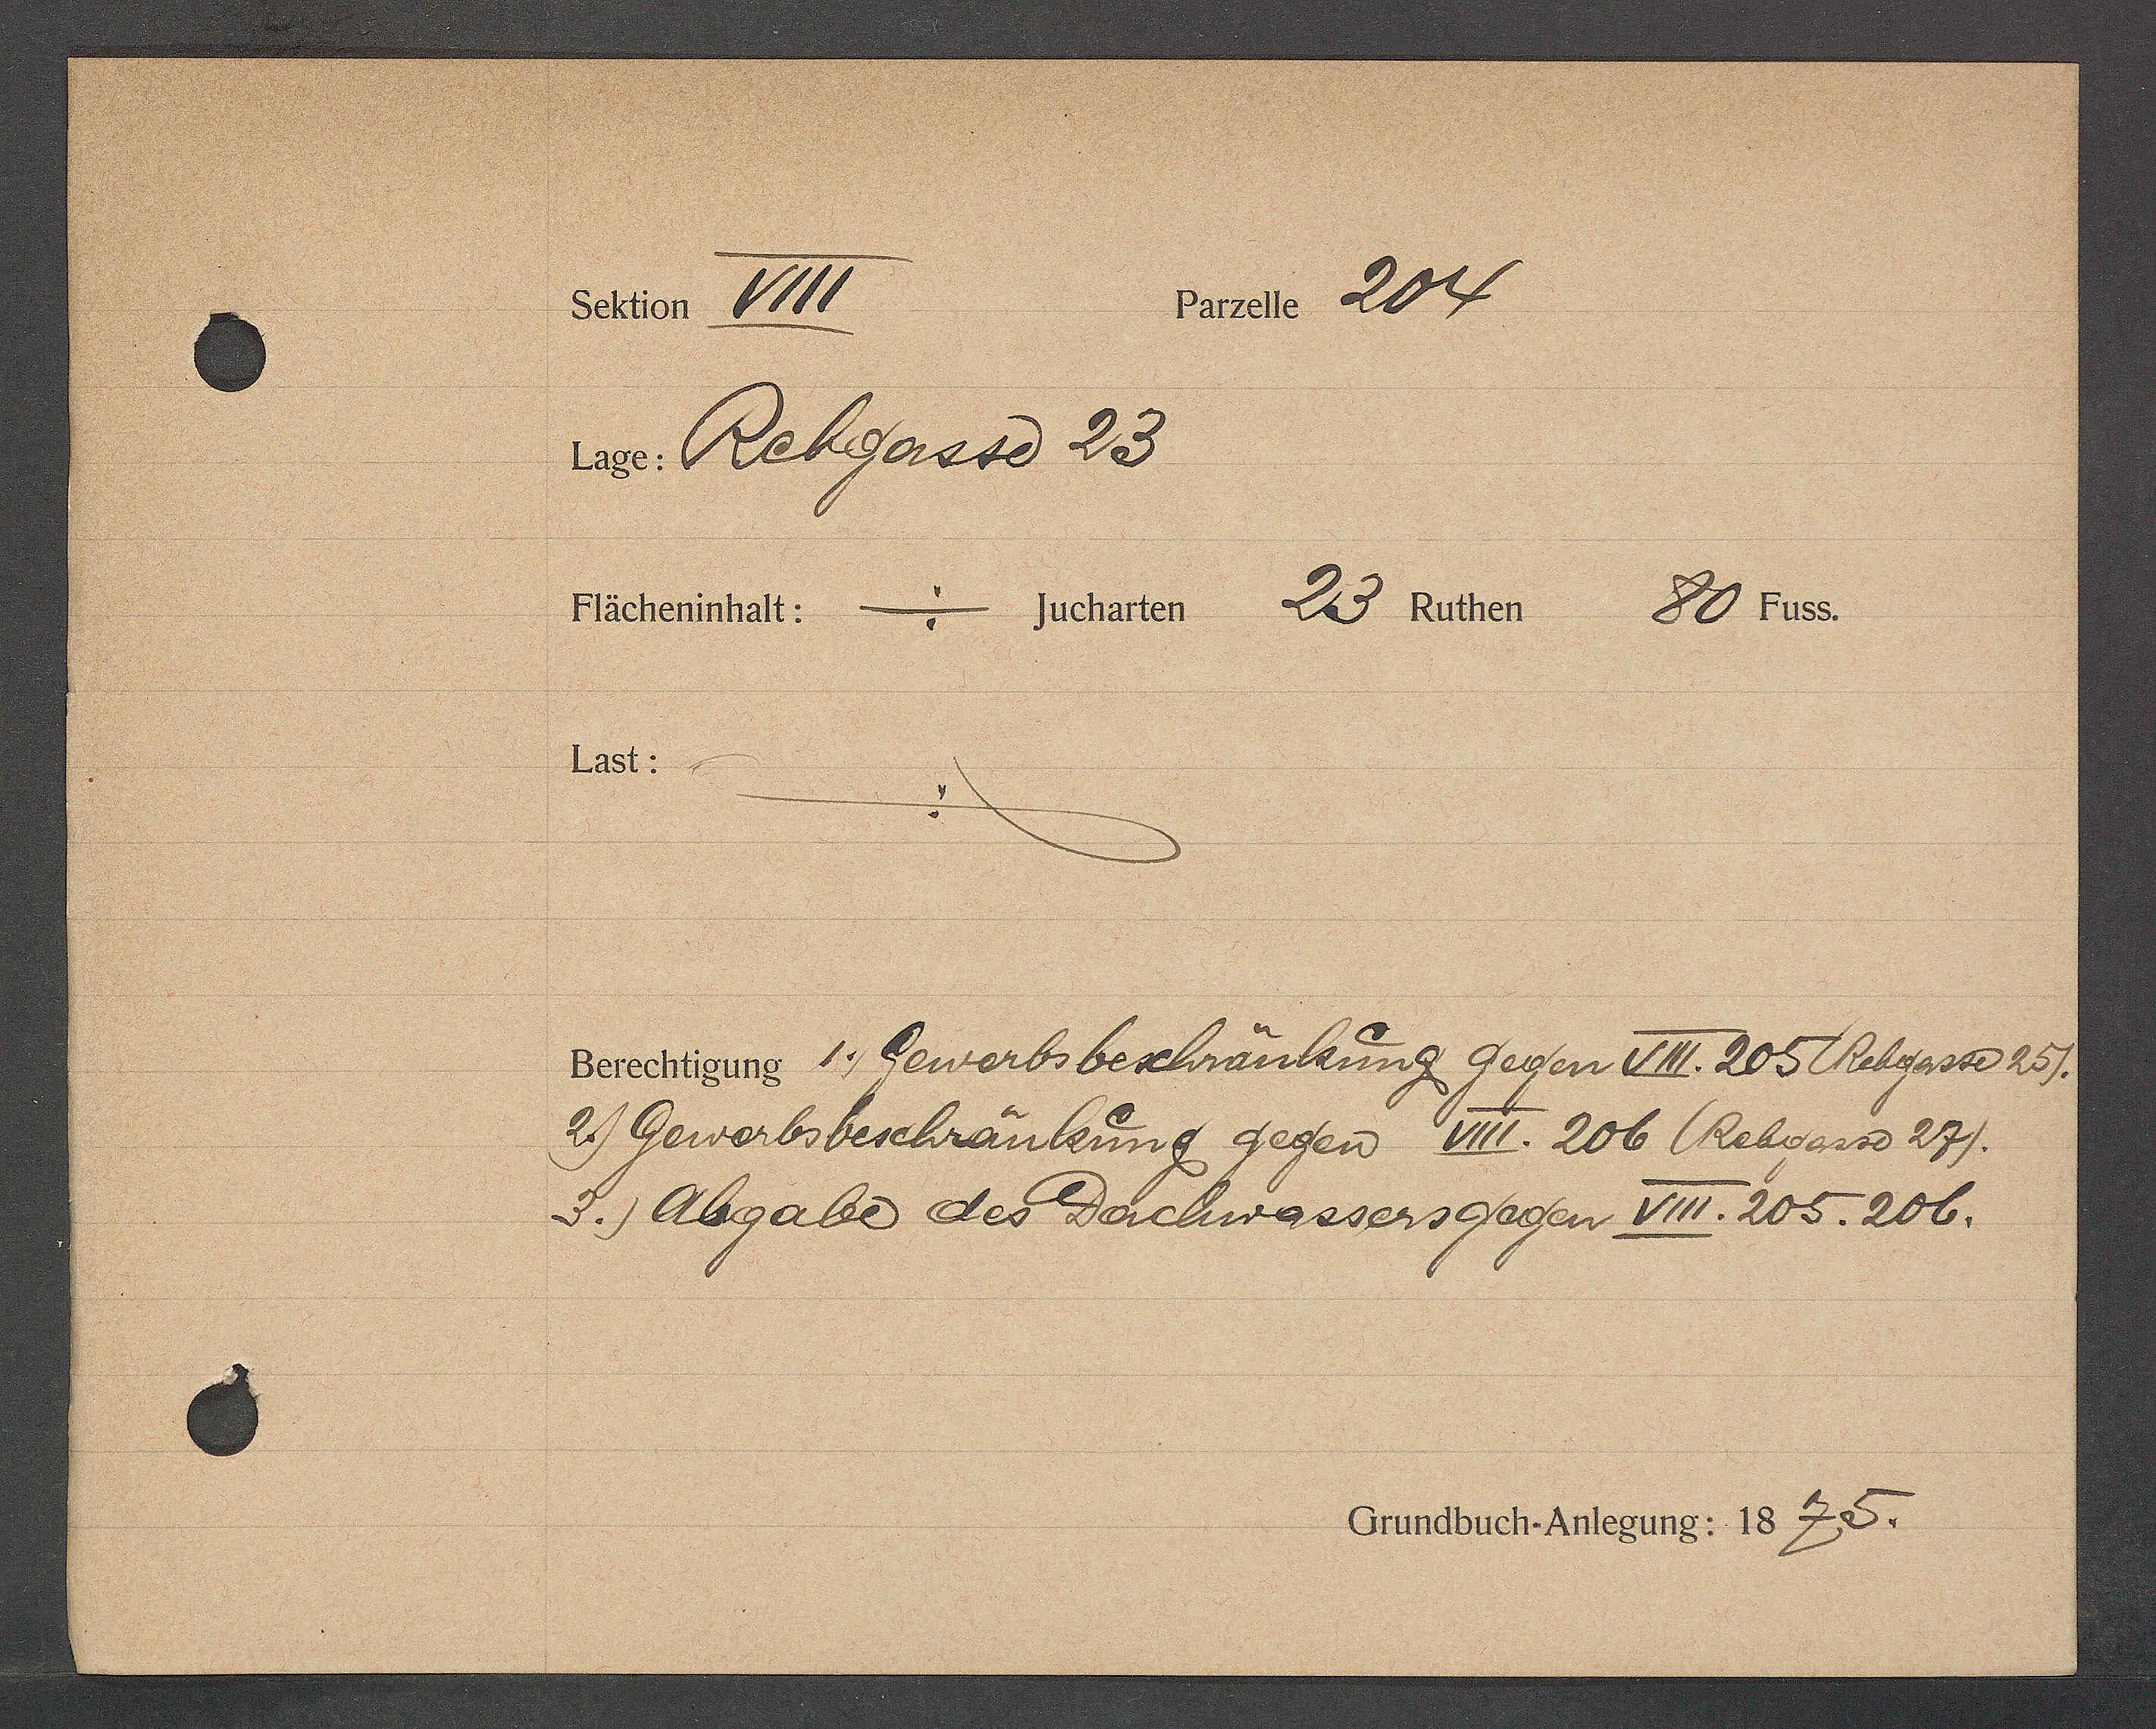
Transcript:
Bate 204.
schter VII

2 Rebgasse 23
Fächenninhalt:
= Scharten zu Rother 80. 545
5
Last.
Derechtigen 1 Gewarbsbeschräulung gegen II. 205 Rebgasse 25.
2 Gewerbsbeschräulung gegen Mr. 206 Rebvans 27.
v. Abgabe des Dechwassersgegen XIII. 205. 206.

Crundbuch. Antegung: 182.